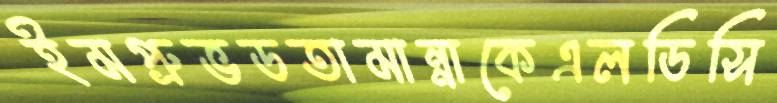
ইমপ্রুভডতামান্নাকেএলডিসি